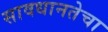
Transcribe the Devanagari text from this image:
सावधानतेचा